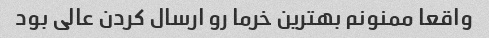
واقعا ممنونم بهترین خرما رو ارسال کردن عالی بود